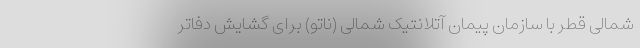
شمالی قطر با سازمان پیمان آتلانتیک شمالی (ناتو) برای گشایش دفاتر